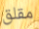
مقلق